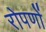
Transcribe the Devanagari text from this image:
रोपणों